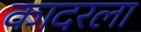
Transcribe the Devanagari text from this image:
कादरला